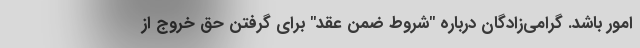
امور باشد. گرامی‌زادگان درباره "شروط ضمن عقد" برای گرفتن حق خروج از